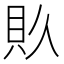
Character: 𮙯